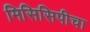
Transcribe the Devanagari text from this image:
मिसिसिपीचा